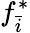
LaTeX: f_{\bar{i}}^{*}